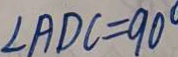
\angle A D C = 9 0 ^ { \circ }